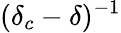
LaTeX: (\delta_{c}-\delta)^{-1}